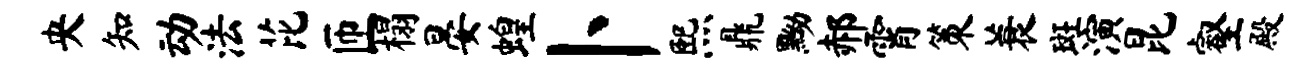
央知动法芘匝榻晏蝗卜熙鼎黝郝霄策蓑斑演昆壑殿